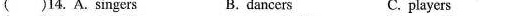
()14. A.singers B. dancers C.players